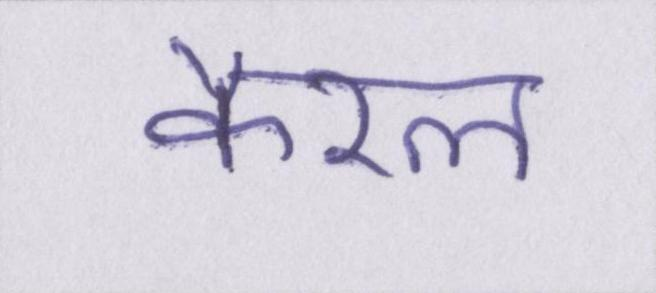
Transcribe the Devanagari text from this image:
कैरल